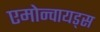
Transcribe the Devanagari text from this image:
एमोन्वायड्स